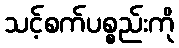
သင့်စက်ပစ္စည်းကို